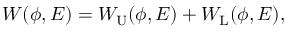
W ( \phi , E ) = W _ { \mathrm { U } } ( \phi , E ) + W _ { \mathrm { L } } ( \phi , E ) ,